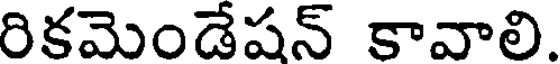
రికమెండేషన్ కావాలి.